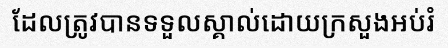
ដែលត្រូវបានទទួលស្គាល់ដោយក្រសួងអប់រំ